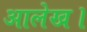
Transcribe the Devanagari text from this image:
आलेख।